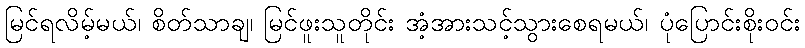
မြင်ရလိမ့်မယ်၊ စိတ်သာချ၊ မြင်ဖူးသူတိုင်း အံ့အားသင့်သွားစေရမယ်၊ ပုံပြောင်းစိုးဝင်း